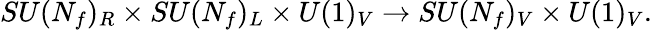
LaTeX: SU(N_{f})_{R}\times SU(N_{f})_{L}\times U(1)_{V}\rightarrow SU(N_{f})_{V}\times U(1)_{V}.